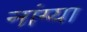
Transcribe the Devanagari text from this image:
नांग्या